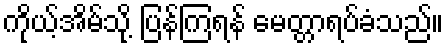
ကိုယ့်အိမ်သို့ ပြန်ကြရန် မေတ္တာရပ်ခံသည်။